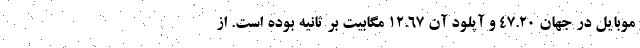
موبایل در جهان ۴۷.۲۰ و آپلود آن ۱۲.۶۷ مگابیت بر ثانیه بوده است. از